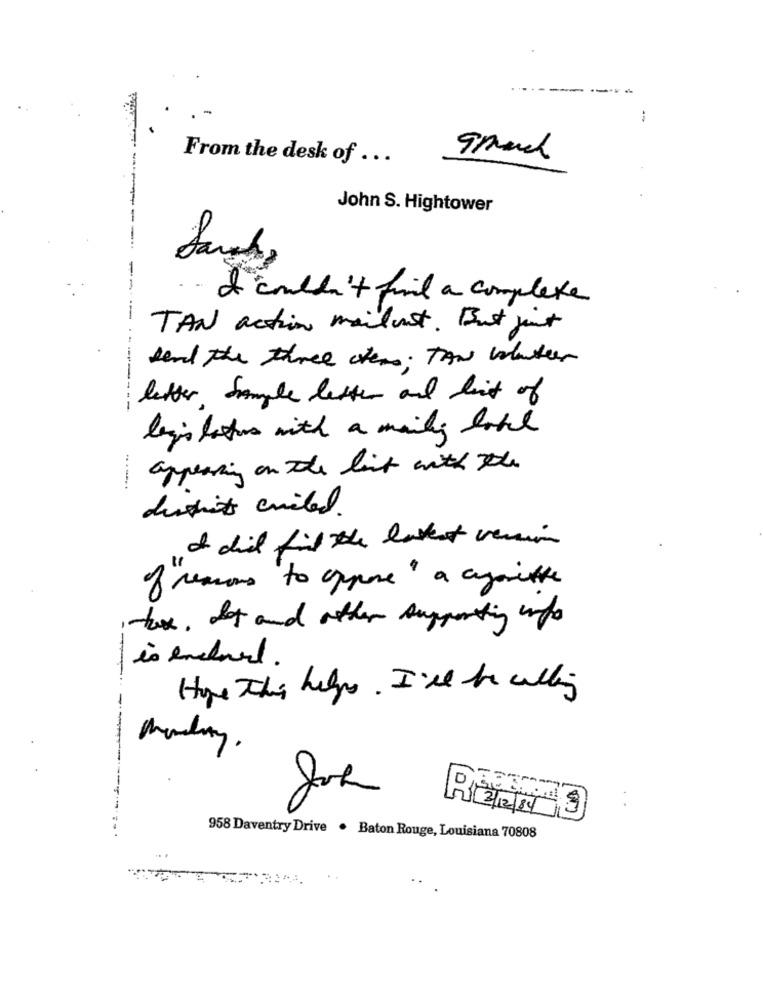
From the desk of ...
---
John S. Hightower
Sarah,
--
.- I couldn't find a complexe
---
TAN action mailist. But just
send the three chers: TAN volunteer
--------
letter Sample letter and list of
legislators with a maily lake
appearing on the list with the
......
district circled.
I did find the latest version
of reasons to oppose" a cymitte
tax, Iot and other supporting info
is encard.
Hope This helps. I'll be willing
Monday.
958 Daventry Drive . Baton Rouge, Louisiana 70808